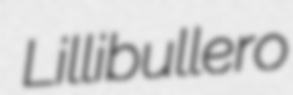
Lillibullero